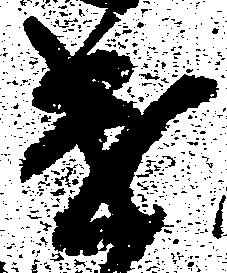
遣